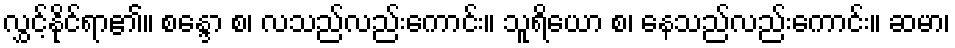
လွှင့်နိုင်ရာ၏။ စန္ဒော စ၊ လသည်လည်းကောင်း။ သူရိယော စ၊ နေသည်လည်းကောင်း။ ဆမာ၊